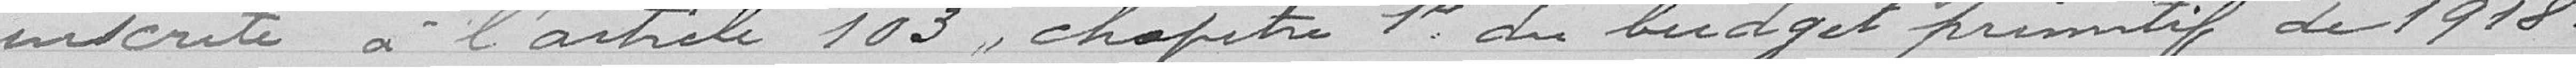
inscrite à l'article 103 , chapitre 1er du budget primitif de 1918 .